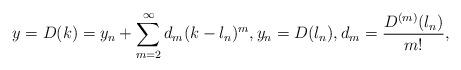
LaTeX: \begin{align*} y=D(k) = y_n + \sum_{m=2}^\infty d_m (k-l_n)^m,y_n = D(l_n),d_m = \frac{D^{(m)}(l_n)}{m!},\end{align*}